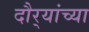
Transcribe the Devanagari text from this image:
दौर्‍यांच्या